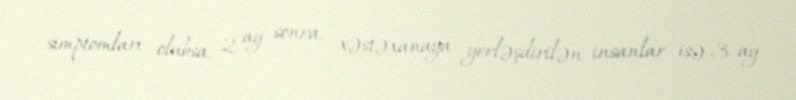
simptomları olubsa, 2 ay sonra, xəstəxanaya yerləşdirilən insanlar isə 3 ay